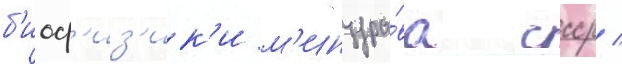
б'иоф'из'ик'и м'инздра́ва ссср /